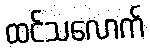
ထင်သလောက်